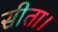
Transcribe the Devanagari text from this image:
सीता।